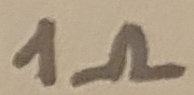
Text: 1Ω